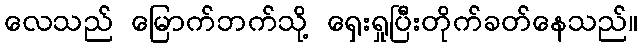
လေသည် မြောက်ဘက်သို့ ရှေးရှုပြီးတိုက်ခတ်နေသည်။